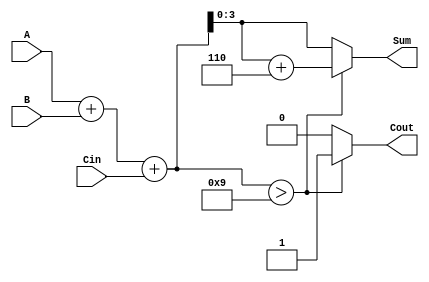
module BCD_Conditional_Adder (
    input  [3:0] A,      // First BCD digit
    input  [3:0] B,      // Second BCD digit
    input        Cin,     // Carry-in signal
    output reg [3:0] Sum, // BCD sum output
    output reg Cout       // Carry-out signal
);

    wire [4:0] binary_sum; // 5-bit to accommodate carry-out
    wire [4:0] adjusted_sum; // To hold adjusted sum if necessary

    // Step 1: Compute the binary sum
    assign binary_sum = A + B + Cin;

    // Step 2: Check if the binary sum exceeds 9 (1001 in binary)
    always @(*) begin
        if (binary_sum > 9) begin
            // If sum exceeds 9, add 6 (0110) to adjust to valid BCD
            Sum = binary_sum + 5'd6; // Use 5'd6 to ensure proper addition
            Cout = 1; // Set carry-out
        end else begin
            Sum = binary_sum[3:0]; // Use only the lower 4 bits
            Cout = 0; // No carry-out
        end
    end

endmodule